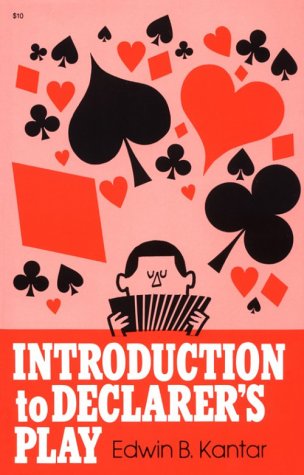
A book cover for Introduction to Declarers Play; Edwin Kantar; Humor & Entertainment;